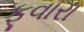
ફૂવારા